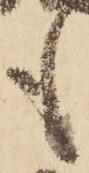
も